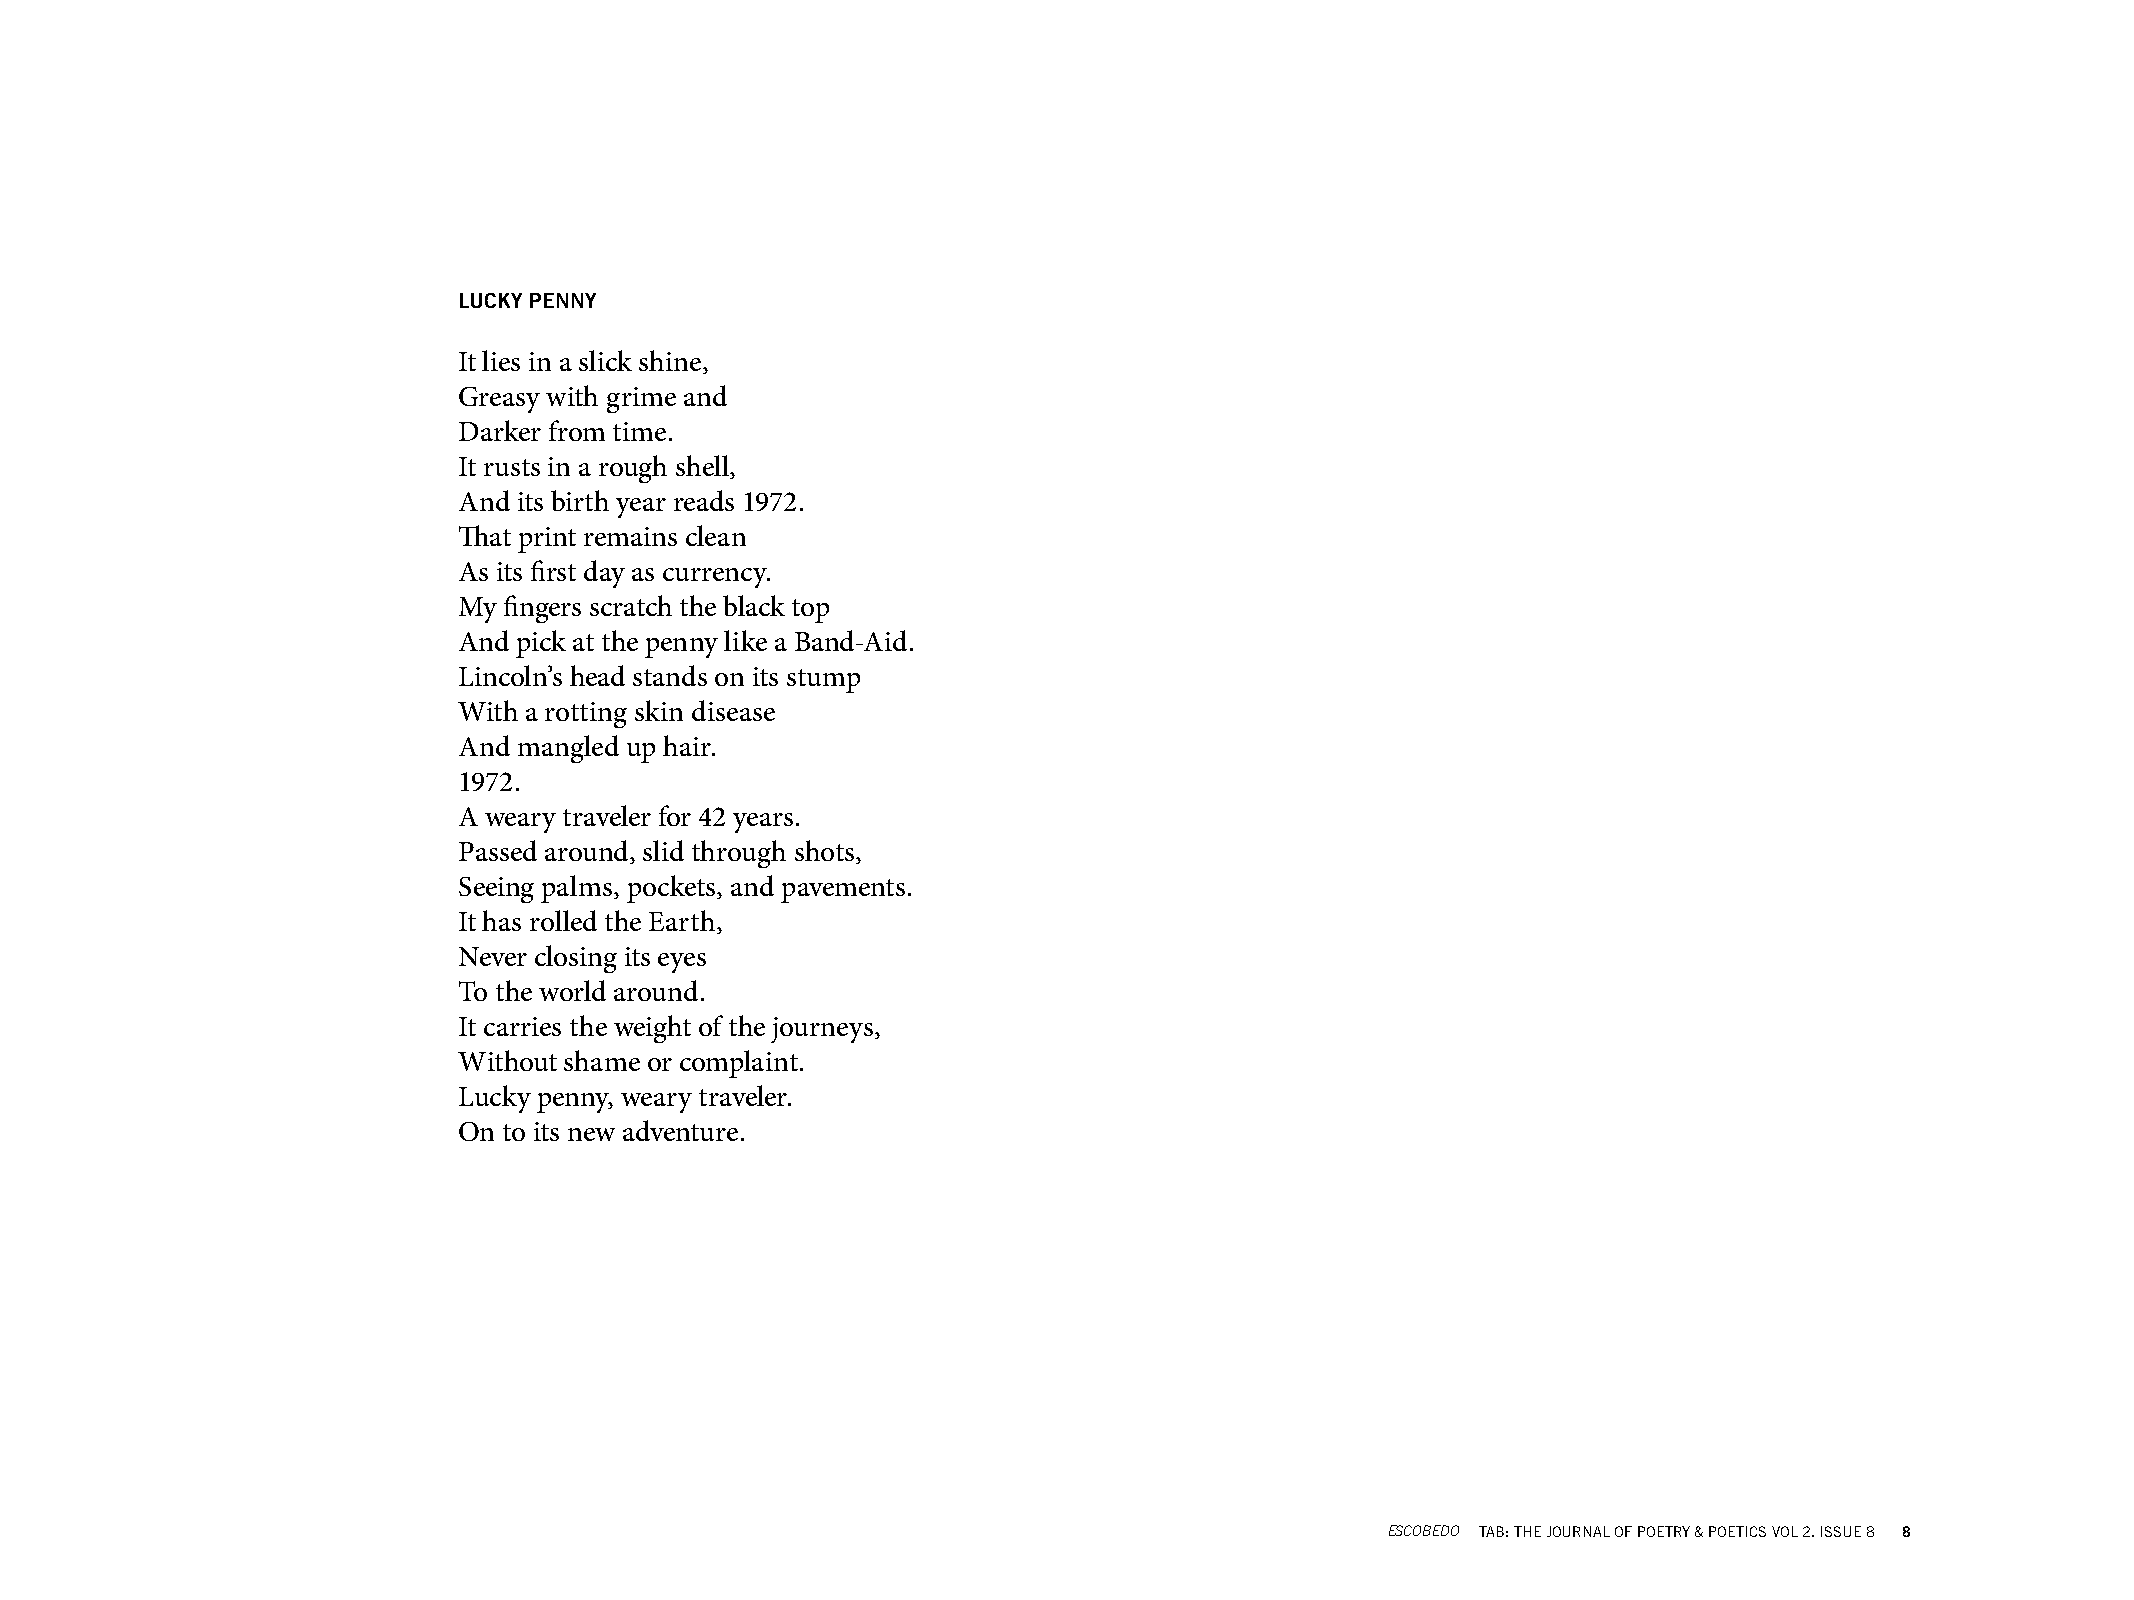
LUCKY PENNY
 It lies in a slick shine,
 Greasy with grime and
 Darker from time.
 It rusts in a rough shell,
 And its birth year reads 1972.
 That print remains clean
 As its first day as currency.
 My fingers scratch the black top
 And pick at the penny like a Band-Aid.
 Lincoln’s head stands on its stump
 With a rotting skin disease
 And mangled up hair.
 1972.
 A weary traveler for 42 years.
 Passed around, slid through shots,
 Seeing palms, pockets, and pavements.
 It has rolled the Earth,
 Never closing its eyes
 To the world around.
 It carries the weight of the journeys,
 Without shame or complaint.
 Lucky penny, weary traveler.
 On to its new adventure.
 ESCOBEDO TAB: THE JOURNAL OF POETRY & POETICS VOL 2. ISSUE 8 8